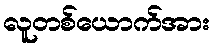
လူတစ်ယောက်အား